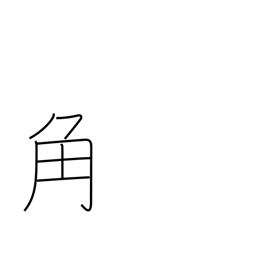
Meaning: square